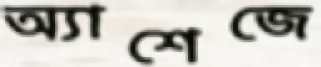
অ্যাশেজে